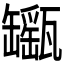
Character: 𤮫